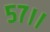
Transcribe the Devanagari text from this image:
५७।।